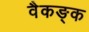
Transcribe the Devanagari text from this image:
वैकङ्क